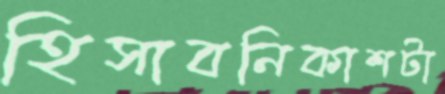
হিসাবনিকাশটা